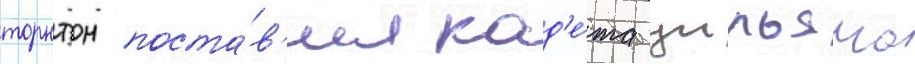
торнтон поста́в'ил кад'е́та уильяма